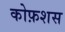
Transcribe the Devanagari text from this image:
कोफ़शस